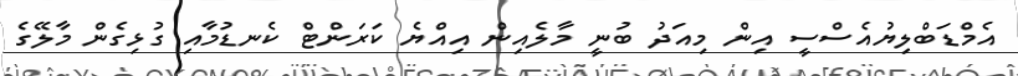
އެމްޑަބްލިޔުއެސްސީ އިން މިއަދު ބުނީ މާލެއިން އިއްޔެ ކަރަންޓް ކެނޑުމާއި ގުޅިގެން މާލޭގެ